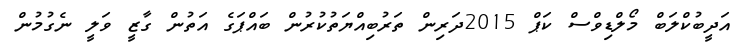
އަދީބުކްލަބް މޯލްޑިވްސް ކަޕް 2015ދަރިން ތަރުބިއްޔަތުކުރުން ބައްޕަގެ އަތުން ގާޒީ ވަލީ ނެގުމުން